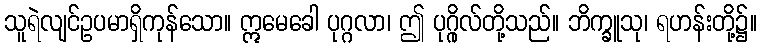
သူရဲလျင်ဥပမာရှိကုန်သော။ ဣမေခေါ ပုဂ္ဂလာ၊ ဤ ပုဂ္ဂိုလ်တို့သည်။ ဘိက္ခူသု၊ ရဟန်းတို့၌။